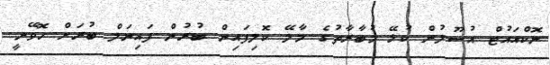
ނޮކްއައުޓް އުސޫލުން ކުޅޭ މުބާރާތުގެ މާލޭ ކޮލިފައިން ބުރުން ފައިނަލް ބުރަށް ހޮވޭނީ